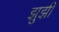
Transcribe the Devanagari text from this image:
झुझी